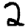
Digit: 2